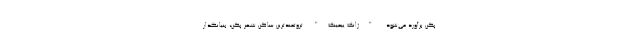
پکن برآورد می‌شود. "ژانگ ییمینگ" ثروتمندترین ساکن شهر پکن، بنیانگذار